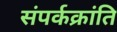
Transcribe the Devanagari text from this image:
संपर्कक्रांति